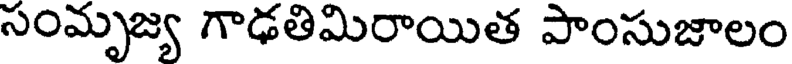
సంమృజ్య గాఢతిమిరాయిత పాంసుజాలం